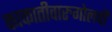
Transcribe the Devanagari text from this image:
काकातीवारुगोलची